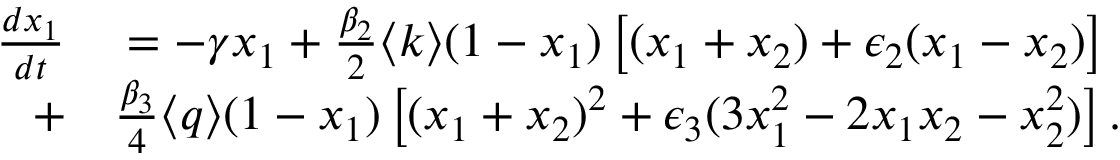
\begin{array} { r l } { \frac { d x _ { 1 } } { d t } } & { { } = - \gamma x _ { 1 } + \frac { \beta _ { 2 } } { 2 } \langle k \rangle ( 1 - x _ { 1 } ) \left[ ( x _ { 1 } + x _ { 2 } ) + \epsilon _ { 2 } ( x _ { 1 } - x _ { 2 } ) \right] } \\ { + } & { { } \frac { \beta _ { 3 } } { 4 } \langle q \rangle ( 1 - x _ { 1 } ) \left[ ( x _ { 1 } + x _ { 2 } ) ^ { 2 } + \epsilon _ { 3 } ( 3 x _ { 1 } ^ { 2 } - 2 x _ { 1 } x _ { 2 } - x _ { 2 } ^ { 2 } ) \right] . } \end{array}